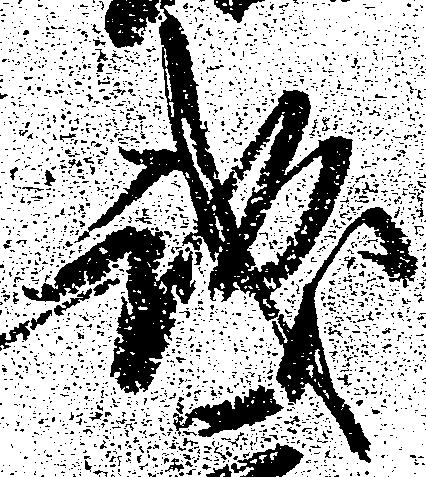
誠